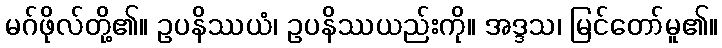
မဂ်ဖိုလ်တို့၏။ ဥပနိဿယံ၊ ဥပနိဿယည်းကို။ အဒ္ဒသ၊ မြင်တော်မူ၏။